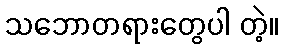
သဘောတရားတွေပါ တဲ့။